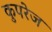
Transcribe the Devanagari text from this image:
कुपरेज